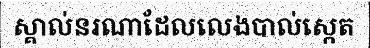
ស្គាល់នរណាដែលលេងបាល់ស្កេត